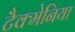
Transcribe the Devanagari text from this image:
टैक्मेनिया